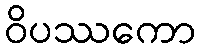
ဝိပဿကော